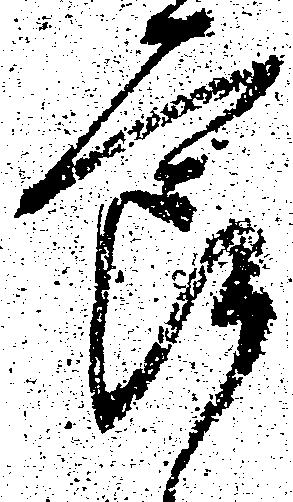
節